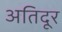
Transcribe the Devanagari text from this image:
अतिदूर